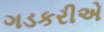
ગડકરીએ